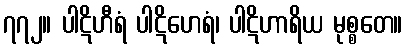
၇၇၂။ ပါဋိဟီရံ ပါဋိဟေရံ၊ ပါဋိဟာရိယ မုစ္စတေ။